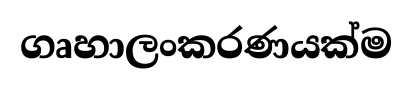
ගෘහාලංකරණයක්ම